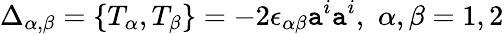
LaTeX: \Delta_{\alpha,\beta}=\{ T_{\alpha},T_{\beta}\} =-2\epsilon_{\alpha\beta}\mathtt{a}^{i}\mathtt{a}^{i},\, \, \alpha,\beta=1,2